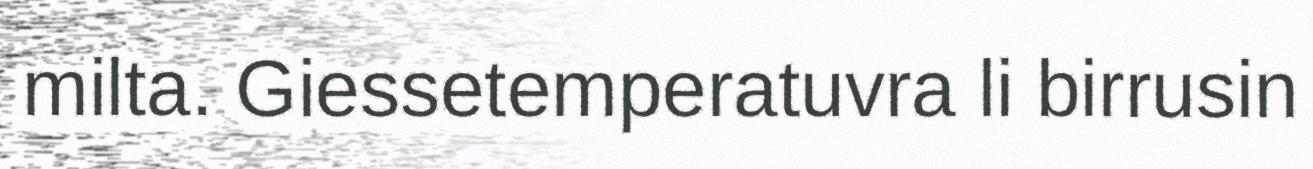
milta. Giessetemperatuvra li birrusin